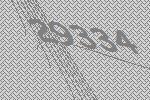
29334